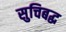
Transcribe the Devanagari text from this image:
सुचिबद्ध